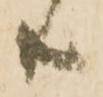
共